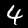
Digit: 4